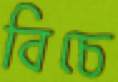
বিচে